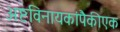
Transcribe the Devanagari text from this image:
अष्टविनायकांपैकीएक